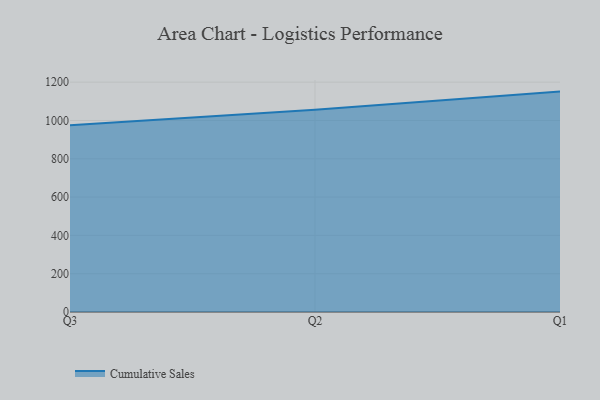
{"axis": {"x": "Quarter", "y": "Budget (USD K)"}, "legend": ["Cumulative Sales"], "data": [{"x": "Q3", "y": 974.6, "type": "Cumulative Sales"}, {"x": "Q2", "y": 1055.4, "type": "Cumulative Sales"}, {"x": "Q1", "y": 1150.7, "type": "Cumulative Sales"}]}